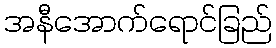
အနီအောက်ရောင်ခြည်